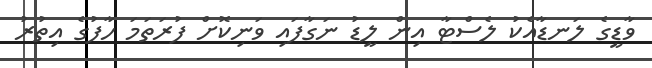
ވާޑީގެ ލަނޑާއެކު ލެސްޓާ އިން ލީޑު ނަގާފައި ވަނިކޮށް ފުރަތަމަ ހާފުގެ އިތުރު